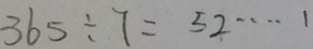
3 6 5 \div 7 = 5 2 \cdots 1